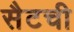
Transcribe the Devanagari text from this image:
सैटची